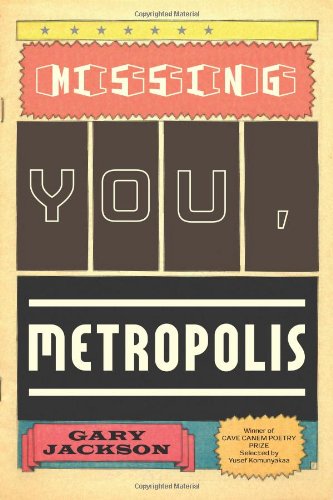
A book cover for Missing You, Metropolis: Poems; Gary Jackson; Literature & Fiction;